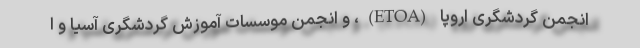
انجمن گردشگری اروپا (ETOA)، و انجمن موسسات آموزش گردشگری آسیا و ا